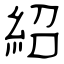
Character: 紹